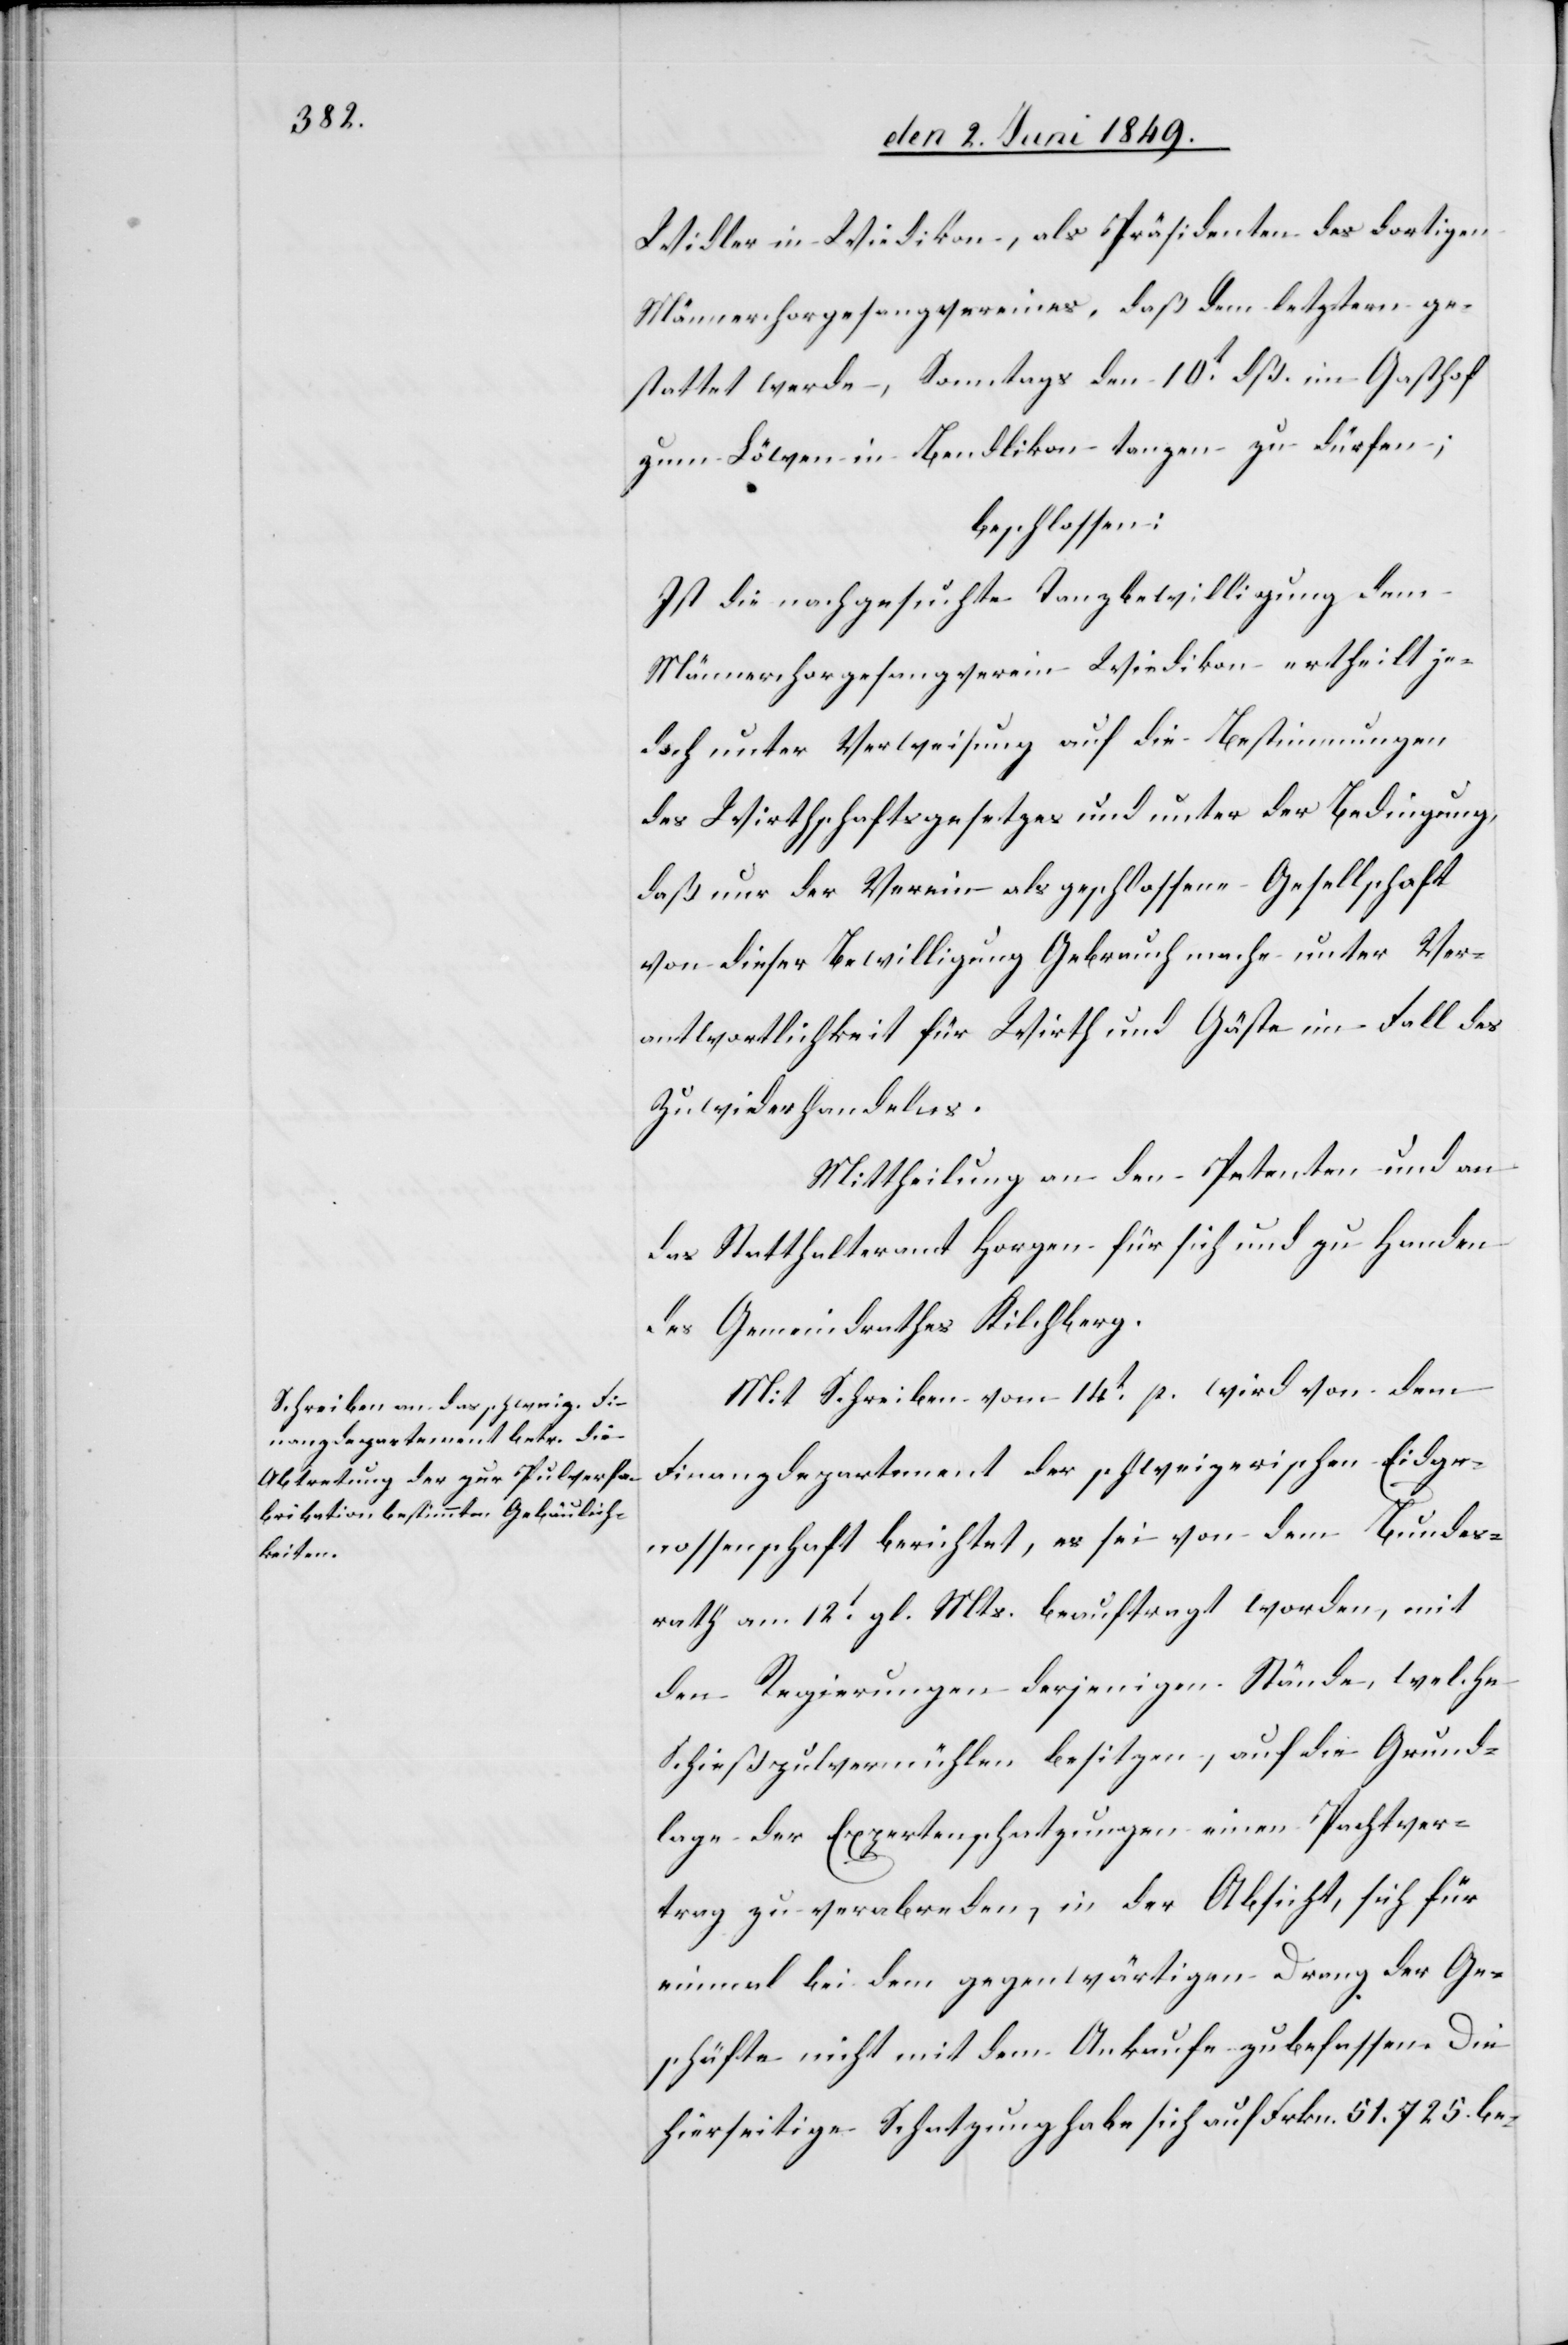
Widler in Wiedikon, als Präsidenten des dortigen
Männerchorgesangvereines, daß dem letztern ge¬
stattet werde, Sonntags den 10t dß. im Gasthof
zum Löwen in Bendlikon tanzen zu dürfen;
beschlossen:
Ist die nachgesuchte Tanzbewilligung dem
Männerchorgesangverein Wiedikon ertheilt je¬
doch unter Verweisung auf die Bestimmungen
des Wirthschaftsgesetzes und unter der Bedingung,
daß nur der Verein als geschlossene Gesellschaft
von dieser Bewilligung Gebrauch mache unter Ver¬
antwortlichkeit für Wirth und Gäste im Fall des
Zuwiderhandelns.
Mittheilung an den Petenten und an
das Statthalteramt Horgen für sich und zu Handen
des Gemeindrathes Kilchberg.
Mit Schreiben vom 14t p. wird von dem
Finanzdepartement der schweizerischen Eidge¬
nossenschaft berichtet, es sei von dem Bundes¬
rath am 12t gl. Mts. beauftragt worden, mit
den Regierungen derjenigen Stände, welche
Schießpulvermühlen besitzen, auf die Grund¬
lage der Expertenschatzungen einen Pachtver¬
trag zu verabreden, in der Absicht, sich für
einmal bei dem gegenwärtigen Drang der Ge¬
schäfte nicht mit dem Ankaufe zu befassen. Die
hierseitige Schatzung habe sich auf Frkn. 51.725. be-